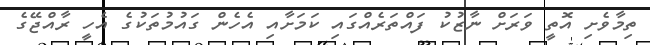
ތިމާވެށި އޮތީ ވަރަށް ނާޒުކު ފައްތަރެއްގައި ކަމަށާއި އެހެން ގައުމުތަކުގެ އެހީ ރާއްޖޭގެ